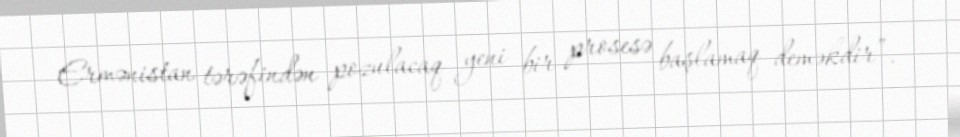
Ermənistan tərəfindən pozulacaq yeni bir prosesə başlamaq deməkdir”.